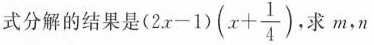
式分解的结果是$$( 2 x - 1 ) ( x + \frac { 1 } { 4 }$$ 。求m，n的值。